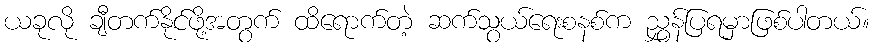
ယခုလို ချီတက်နိုင်ဖို့အတွက် ထိရောက်တဲ့ ဆက်သွယ်ရေးစနစ်က ညွှန်ပြရမှာဖြစ်ပါတယ်။